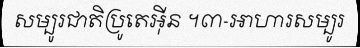
សម្បូរជាតិប្រូតេអ៊ីន ។៣-អាហារសម្បូរ